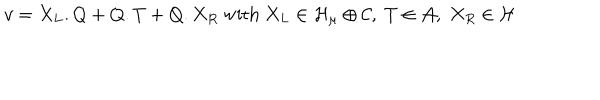
v = X _ { L } . Q + Q . T + Q . X _ { R } \mathrm { ~ w i t h ~ } X _ { L } \in { \cal H } _ { \mu } \oplus { \cal C } , \; T \in { \cal A } , \; X _ { R } \in \cal H